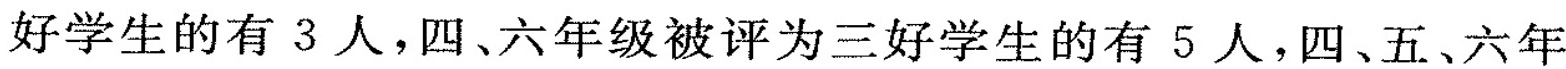
好学生的有3人，四、六年级被评为三好学生的有5人，四、五、六年